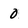
Character: 0